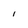
Character: l